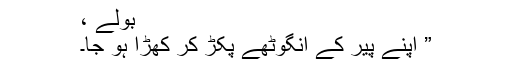
بولے ،
” اپنے پیر کے انگوٹھے پکڑ کر کھڑا ہو جا۔